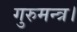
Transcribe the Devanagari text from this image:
गुरुमन्त्र।